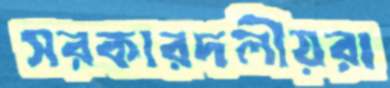
সরকারদলীয়রা